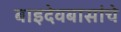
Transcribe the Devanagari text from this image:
बाइदेवबासांचे